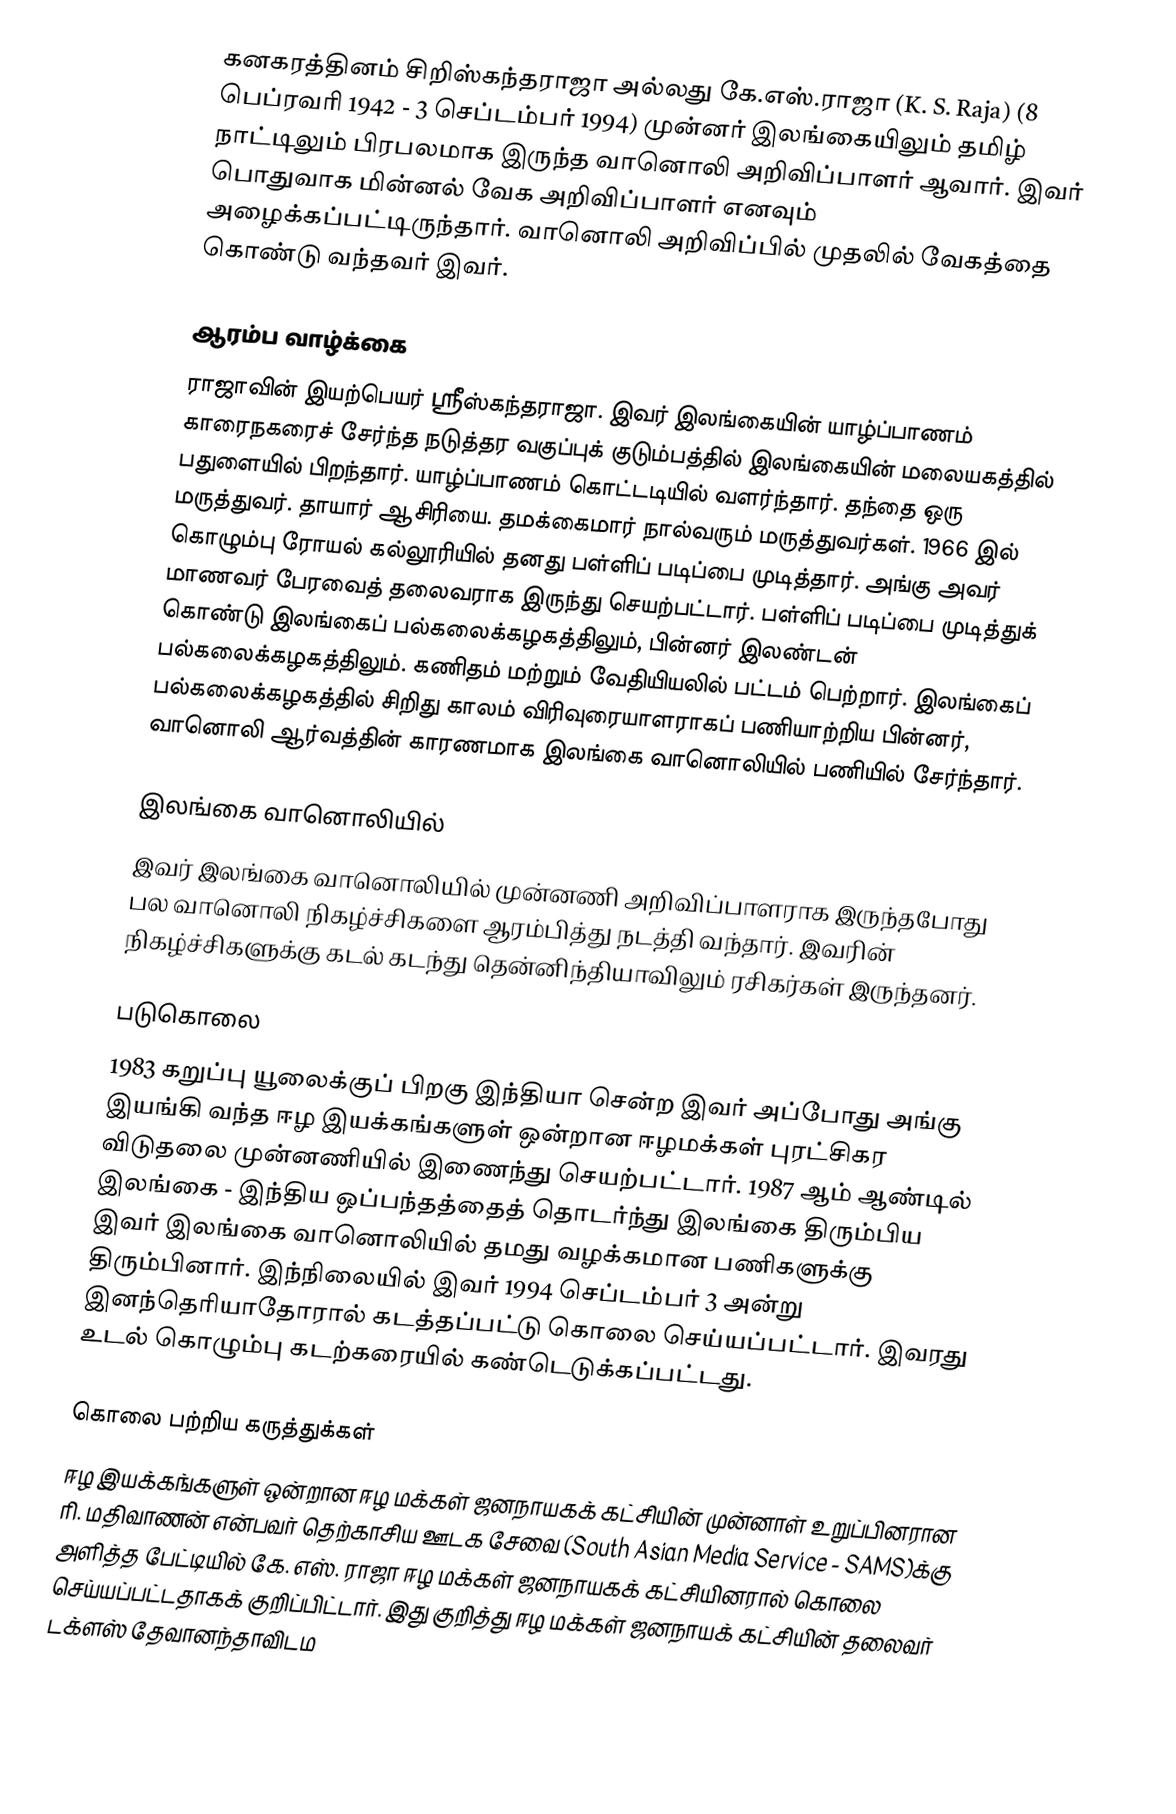
கனகரத்தினம் சிறிஸ்கந்தராஜா அல்லது கே.எஸ்.ராஜா (K. S. Raja) (8 பெப்ரவரி 1942 - 3 செப்டம்பர் 1994) முன்னர் இலங்கையிலும் தமிழ் நாட்டிலும் பிரபலமாக இருந்த வானொலி அறிவிப்பாளர் ஆவார். இவர் பொதுவாக மின்னல் வேக அறிவிப்பாளர் எனவும் அழைக்கப்பட்டிருந்தார். வானொலி அறிவிப்பில் முதலில் வேகத்தை   கொண்டு வந்தவர் இவர்.

ஆரம்ப வாழ்க்கை
ராஜாவின் இயற்பெயர் ஸ்ரீஸ்கந்தராஜா. இவர் இலங்கையின் யாழ்ப்பாணம் காரைநகரைச் சேர்ந்த நடுத்தர வகுப்புக் குடும்பத்தில் இலங்கையின் மலையகத்தில் பதுளையில் பிறந்தார். யாழ்ப்பாணம் கொட்டடியில் வளர்ந்தார்.  தந்தை ஒரு மருத்துவர். தாயார் ஆசிரியை. தமக்கைமார் நால்வரும் மருத்துவர்கள். 1966 இல் கொழும்பு ரோயல் கல்லூரியில் தனது பள்ளிப் படிப்பை முடித்தார். அங்கு அவர் மாணவர் பேரவைத் தலைவராக இருந்து செயற்பட்டார். பள்ளிப் படிப்பை முடித்துக் கொண்டு இலங்கைப் பல்கலைக்கழகத்திலும், பின்னர் இலண்டன் பல்கலைக்கழகத்திலும். கணிதம் மற்றும் வேதியியலில் பட்டம் பெற்றார். இலங்கைப் பல்கலைக்கழகத்தில் சிறிது காலம் விரிவுரையாளராகப் பணியாற்றிய பின்னர், வானொலி ஆர்வத்தின் காரணமாக இலங்கை வானொலியில் பணியில் சேர்ந்தார்.

இலங்கை வானொலியில்
இவர் இலங்கை வானொலியில் முன்னணி அறிவிப்பாளராக இருந்தபோது பல வானொலி நிகழ்ச்சிகளை ஆரம்பித்து நடத்தி வந்தார். இவரின் நிகழ்ச்சிகளுக்கு கடல் கடந்து தென்னிந்தியாவிலும் ரசிகர்கள் இருந்தனர்.

படுகொலை
1983 கறுப்பு யூலைக்குப் பிறகு இந்தியா சென்ற இவர் அப்போது அங்கு இயங்கி வந்த ஈழ இயக்கங்களுள் ஒன்றான ஈழமக்கள் புரட்சிகர விடுதலை முன்னணியில் இணைந்து செயற்பட்டார். 1987 ஆம் ஆண்டில் இலங்கை - இந்திய ஒப்பந்தத்தைத் தொடர்ந்து இலங்கை திரும்பிய இவர் இலங்கை வானொலியில் தமது வழக்கமான பணிகளுக்கு திரும்பினார். இந்நிலையில் இவர் 1994 செப்டம்பர் 3 அன்று இனந்தெரியாதோரால் கடத்தப்பட்டு கொலை செய்யப்பட்டார். இவரது உடல் கொழும்பு கடற்கரையில் கண்டெடுக்கப்பட்டது.

கொலை பற்றிய கருத்துக்கள்
ஈழ இயக்கங்களுள் ஒன்றான ஈழ மக்கள் ஜனநாயகக் கட்சியின் முன்னாள் உறுப்பினரான ரி. மதிவாணன் என்பவர் தெற்காசிய ஊடக சேவை (South Asian Media Service - SAMS)க்கு அளித்த பேட்டியில் கே. எஸ். ராஜா ஈழ மக்கள் ஜனநாயகக் கட்சியினரால் கொலை செய்யப்பட்டதாகக் குறிப்பிட்டார். இது குறித்து ஈழ மக்கள் ஜனநாயக் கட்சியின் தலைவர் டக்ளஸ் தேவானந்தாவிடம